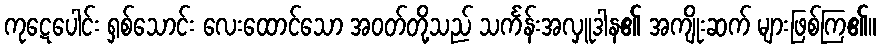
ကုဋေပေါင်း ရှစ်သောင်း လေးထောင်သော အဝတ်တို့သည် သင်္ကန်းအလှူဒါန၏ အကျိုးဆက် များဖြစ်ကြ၏။